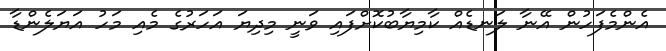
އެންމެފަހުން އޭނާ ލަނޑެއް ކާމިޔާބުކޮށްފައި ވަނީ މިދިޔަ އަހަރުގެ މެއި މަހު އަޔަލެންޑާ